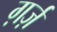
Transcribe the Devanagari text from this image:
ग़र्ज़